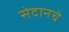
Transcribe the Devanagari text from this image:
सेदानचे